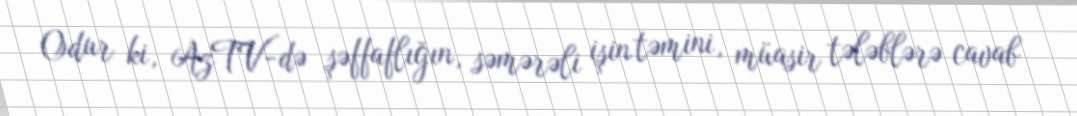
Odur ki, AzTV-də şəffaflığın, səmərəli işin təmini, müasir tələblərə cavab